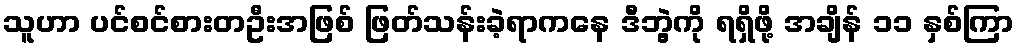
သူဟာ ပင်စင်စားတဦးအဖြစ် ဖြတ်သန်းခဲ့ရာကနေ ဒီဘွဲ့ကို ရရှိဖို့ အချိန် ၁၁ နှစ်ကြာ